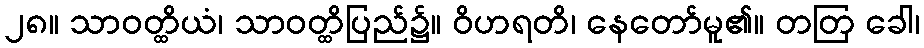
၂၈။ သာဝတ္ထိယံ၊ သာဝတ္ထိပြည်၌။ ဝိဟရတိ၊ နေတော်မူ၏။ တတြ ခေါ၊